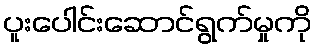
ပူးပေါင်းဆောင်ရွက်မှုကို